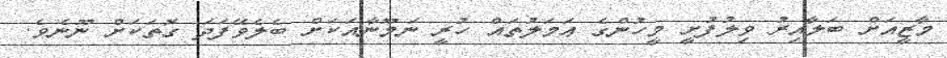
މާޒީއަށް ބަލާއިރު ވިލުފުށީ މީހުންގެ ޢަމަލުތައް ހުރީ ނަމޫނާއަކަށް ބެލެވޭފަދަ ގޮތަކަށް ނޫނެވެ.